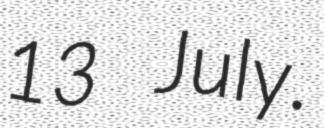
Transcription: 13 July.